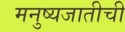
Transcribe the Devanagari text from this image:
मनुष्यजातीची